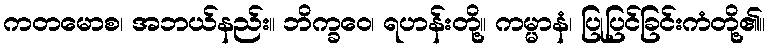
ကတမောစ၊ အဘယ်နည်း။ ဘိက္ခဝေ၊ ရဟန်းတို့။ ကမ္မာနံ၊ ပြုပြင်ခြင်းကံတို့၏။